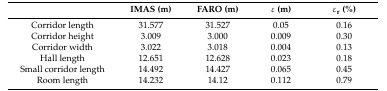
<table><thead><tr><td></td><td><b>IMAS (m)</b></td><td><b>FARO (m)</b></td><td><b>ε (m)</b></td><td><b>ε<sub>r</sub> (%)</b></td></tr></thead><tbody><tr><td>Corridor length</td><td>31.577</td><td>31.527</td><td>0.05</td><td>0.16</td></tr><tr><td>Corridor height</td><td>3.009</td><td>3.000</td><td>0.009</td><td>0.30</td></tr><tr><td>Corridor width</td><td>3.022</td><td>3.018</td><td>0.004</td><td>0.13</td></tr><tr><td>Hall length</td><td>12.651</td><td>12.628</td><td>0.023</td><td>0.18</td></tr><tr><td>Small corridor length</td><td>14.492</td><td>14.427</td><td>0.065</td><td>0.45</td></tr><tr><td>Room length</td><td>14.232</td><td>14.12</td><td>0.112</td><td>0.79</td></tr></tbody></table>